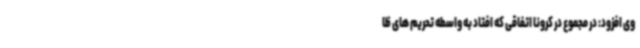
وی افزود: در مجموع در کرونا اتفاقی که افتاد به واسطه تحریم های ظا